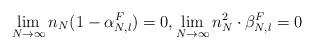
LaTeX: \begin{align*}\lim_{N \to \infty} n_N (1-\alpha_{N,l}^F) =0, \lim_{N \to \infty} n_N^2 \cdot \beta_{N,l}^F =0\end{align*}